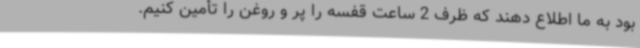
بود به ما اطلاع دهند که ظرف 2 ساعت قفسه را پر و روغن را تأمین کنیم.